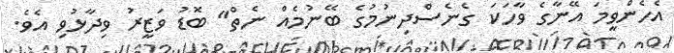
އެހެންވީމަ އޭނާގެ ވާހަކަ ގެނެސްދިނުމުގެ ބޭނުމެއް ނެތް" ބޮޑު ވަޒީރު ވިދާޅުވި އެވެ.